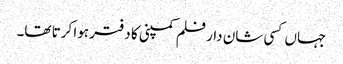
جہاں کسی شان دار فلم کمپنی کا دفتر ہوا کرتا تھا۔